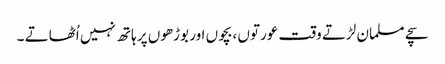
سچے مسلمان لڑتے وقت عورتوں ،بچوں اور بوڑھوں پر ہاتھ نہیں اُٹھاتے ۔